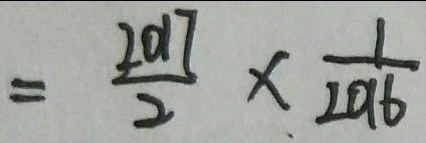
= \frac { 2 0 1 7 } { 2 } \times \frac { 1 } { 2 0 1 6 }